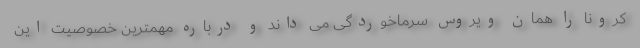
کرونا را همان ویروس سرماخوردگی می داند و درباره مهمترین خصوصیت این